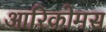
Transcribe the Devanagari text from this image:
आरिकोमस